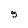
Character: 5